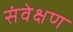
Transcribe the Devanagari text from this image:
संवेक्षण